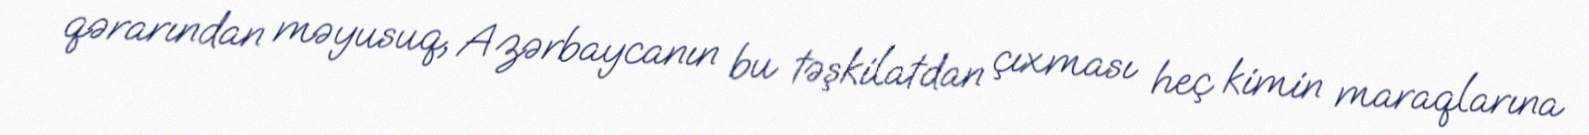
qərarından məyusuq, Azərbaycanın bu təşkilatdan çıxması heç kimin maraqlarına